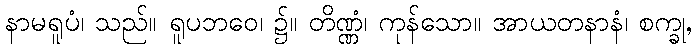
နာမရူပံ၊ သည်။ ရူပဘဝေ၊ ၌။ တိဏ္ဏံ၊ ကုန်သော။ အာယတနာနံ၊ စက္ခု,